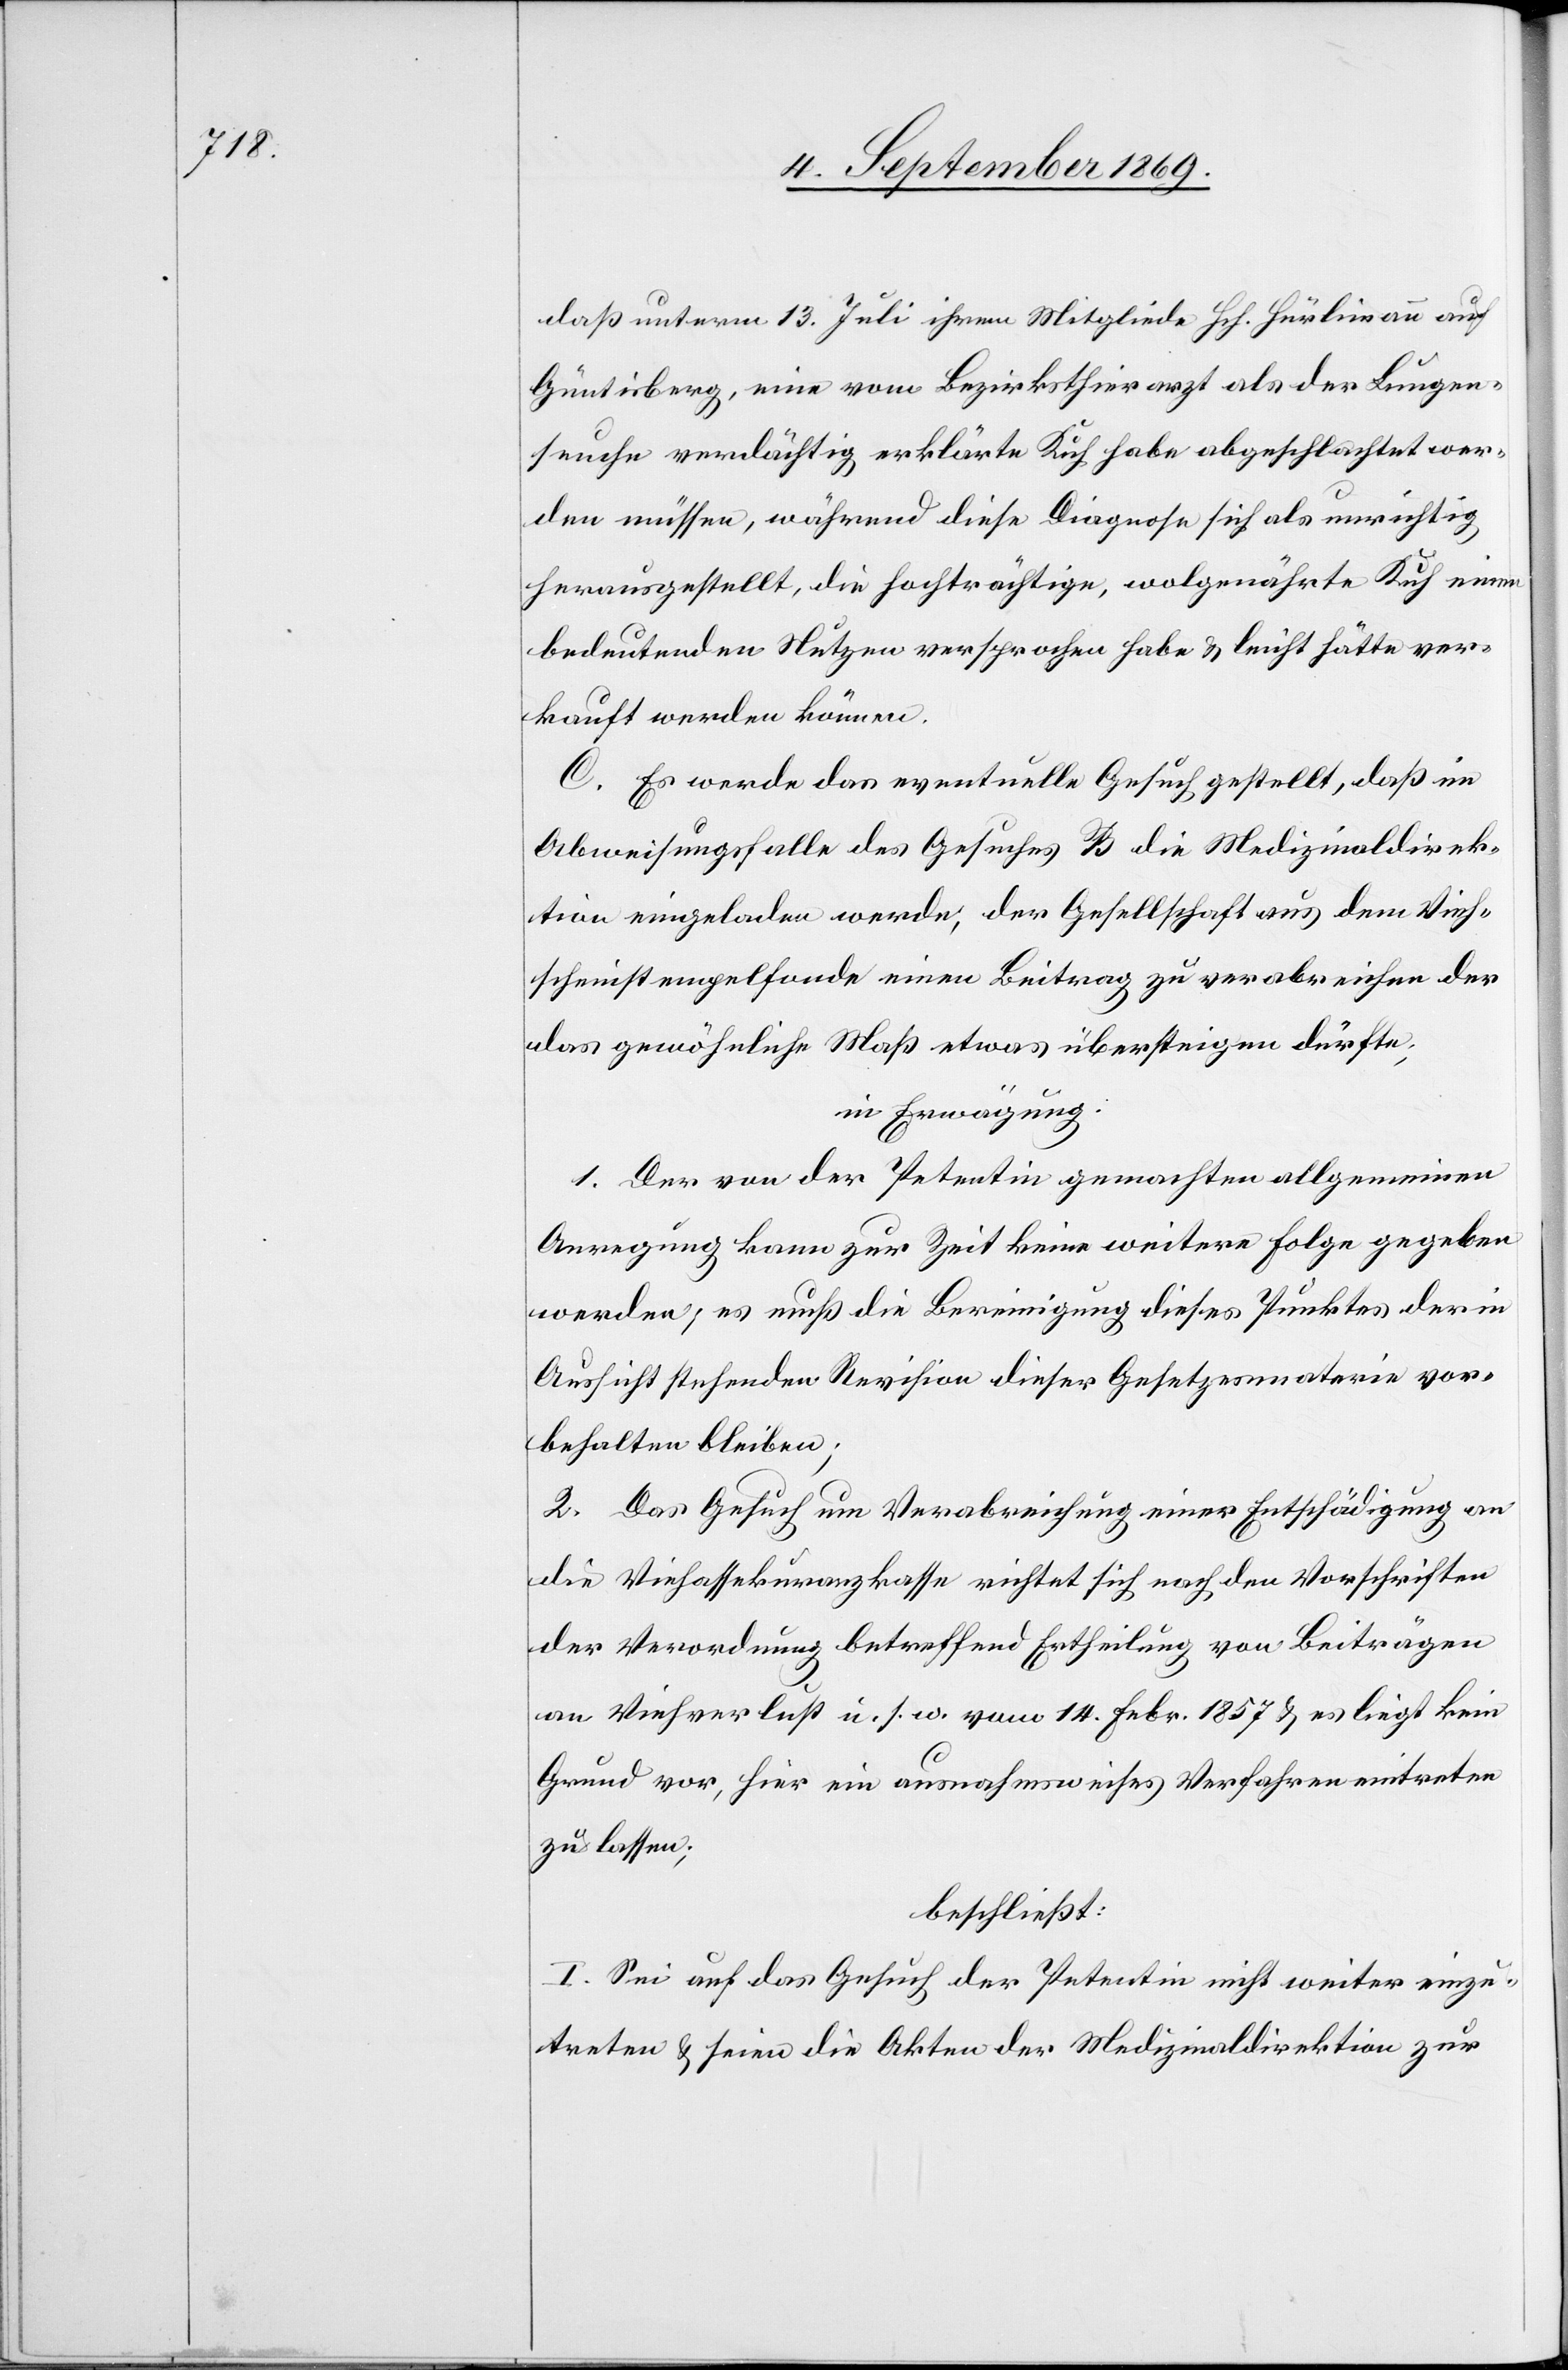
daß unterm 13. Juli ihrem Mitgliede Hch. Hürlimann auf
Güntisberg, eine vom Bezirksthierarzt als der Lungen¬
seuche verdächtig erklärte Kuh habe abgeschlachtet wer¬
den müssen, während diese Diagnose sich als unrichtig
herausgestellt, die hochträchtige, wolgenährte Kuh einen
bedeutenden Nutzen versprochen habe & leicht hätte ver¬
kauft werden können.
C. Es werde das eventuelle Gesuch gestellt, daß im
Abweisungsfalle des Gesuches B die Medizinaldirek¬
tion eingeladen werde, der Gesellschaft aus dem Vieh¬
scheinstempelfonde einen Beitrag zu verabreichen der
das gewöhnliche Maß etwas übersteigen dürfte;
in Erwägung:
1. Der von der Petentin gemachten allgemeinen
Anregung kann zur Zeit keine weitere Folge gegeben
werden; es muß die Bereinigung dieses Punktes der in
Aussicht stehenden Revision dieser Gesetzesmaterie vor¬
behalten bleiben;
2. Das Gesuch um Verabreichung einer Entschädigung an
die Viehassekuranzkasse richtet sich nach den Vorschriften
der Verordnung betreffend Ertheilung von Beiträgen
an Viehverlust u. s. w. vom 14. Febr. 1857 & es liegt kein
Grund vor, hier ein ausnahmsweises Verfahren eintreten
zu lassen;
beschließt:
I. Sei auf das Gesuch der Petentin nicht weiter einzu¬
treten & seien die Akten der Medizinaldirektion zur